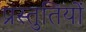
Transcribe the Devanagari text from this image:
प्रस्‍तुतियों